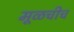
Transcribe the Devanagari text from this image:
मूळचीच